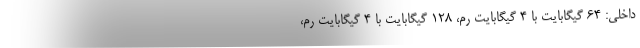
داخلی: ۶۴ گیگابایت با ۴ گیگابایت رم، ۱۲۸ گیگابایت با ۴ گیگابایت رم،